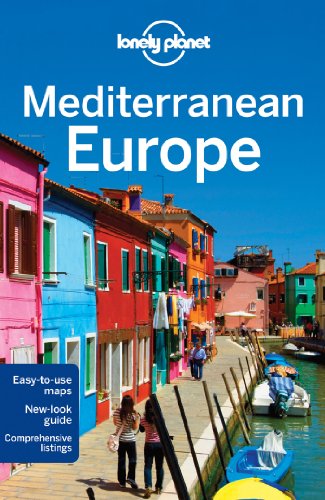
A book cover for Lonely Planet Mediterranean Europe (Travel Guide); Lonely Planet; Travel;